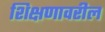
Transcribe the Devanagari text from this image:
शिक्षणावरील